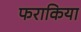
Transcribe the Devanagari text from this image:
फराकिया